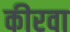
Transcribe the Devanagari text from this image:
कीरवा